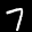
Label: 7